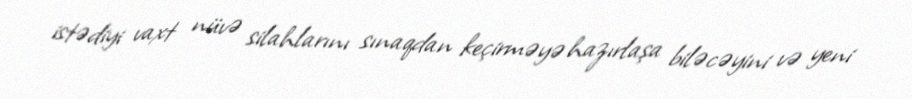
istədiyi vaxt nüvə silahlarını sınaqdan keçirməyə hazırlaşa biləcəyini və yeni